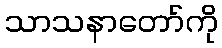
သာသနာတော်ကို